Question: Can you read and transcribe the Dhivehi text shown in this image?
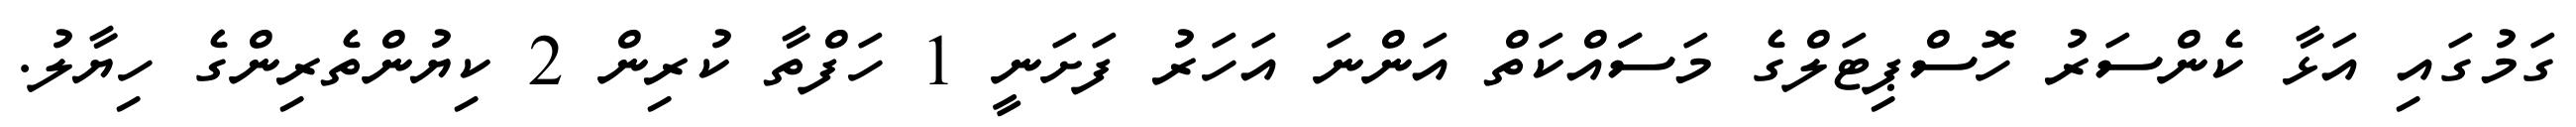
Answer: ގަމުގައި އަޅާ ކެންސަރު ހޮސްޕިޓަލްގެ މަސަައްކަތް އަންނަ އަހަރު ފަށަނީ 1 ހަފްތާ ކުރިން 2 ކިޔުންތެރިންގެ ހިޔާލު.